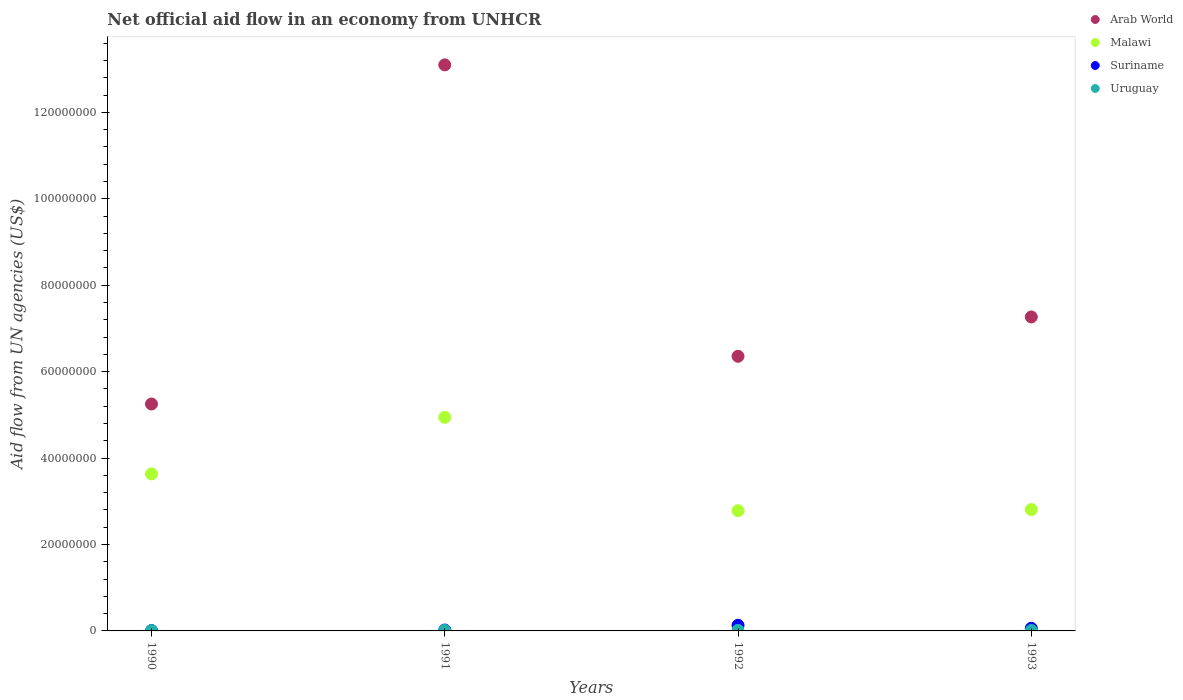
| Years | Arab World | Malawi | Suriname | Uruguay |
 | --- | --- | --- | --- | --- |
 | 1990 | 5.25e+07 | 3.63e+07 | 9e+04 | 7e+04 |
 | 1991 | 1.31e+08 | 4.94e+07 | 2.1e+05 | 1.2e+05 |
 | 1992 | 6.36e+07 | 2.78e+07 | 1.31e+06 | 1.3e+05 |
 | 1993 | 7.27e+07 | 2.81e+07 | 6.1e+05 | 1e+05 |